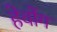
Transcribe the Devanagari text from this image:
हेवोंग